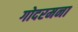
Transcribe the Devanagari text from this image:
गोदरमना